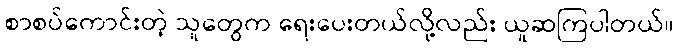
စာစပ်ကောင်းတဲ့ သူတွေက ရေးပေးတယ်လို့လည်း ယူဆကြပါတယ်။